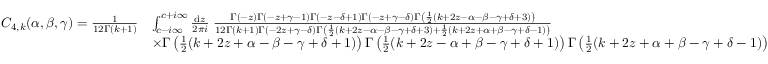
\begin{array} { r l } { C _ { 4 , k } ( \alpha , \beta , \gamma ) = \frac { 1 } { 1 2 \Gamma ( k + 1 ) } } & { \int _ { c - i \infty } ^ { c + i \infty } \frac { \mathrm { d } z } { 2 \pi i } \; \frac { \Gamma ( - z ) \Gamma ( - z + \gamma - 1 ) \Gamma ( - z - \delta + 1 ) \Gamma ( - z + \gamma - \delta ) \Gamma \left( \frac { 1 } { 2 } ( k + 2 z - \alpha - \beta - \gamma + \delta + 3 ) \right) } { 1 2 \Gamma ( k + 1 ) \Gamma ( - 2 z + \gamma - \delta ) \Gamma \left( \frac { 1 } { 2 } ( k + 2 z - \alpha - \beta - \gamma + \delta + 3 ) + \frac { 1 } { 2 } ( k + 2 z + \alpha + \beta - \gamma + \delta - 1 ) \right) } } \\ & { \times \Gamma \left( \frac { 1 } { 2 } ( k + 2 z + \alpha - \beta - \gamma + \delta + 1 ) \right) \Gamma \left( \frac { 1 } { 2 } ( k + 2 z - \alpha + \beta - \gamma + \delta + 1 ) \right) \Gamma \left( \frac { 1 } { 2 } ( k + 2 z + \alpha + \beta - \gamma + \delta - 1 ) \right) } \end{array}